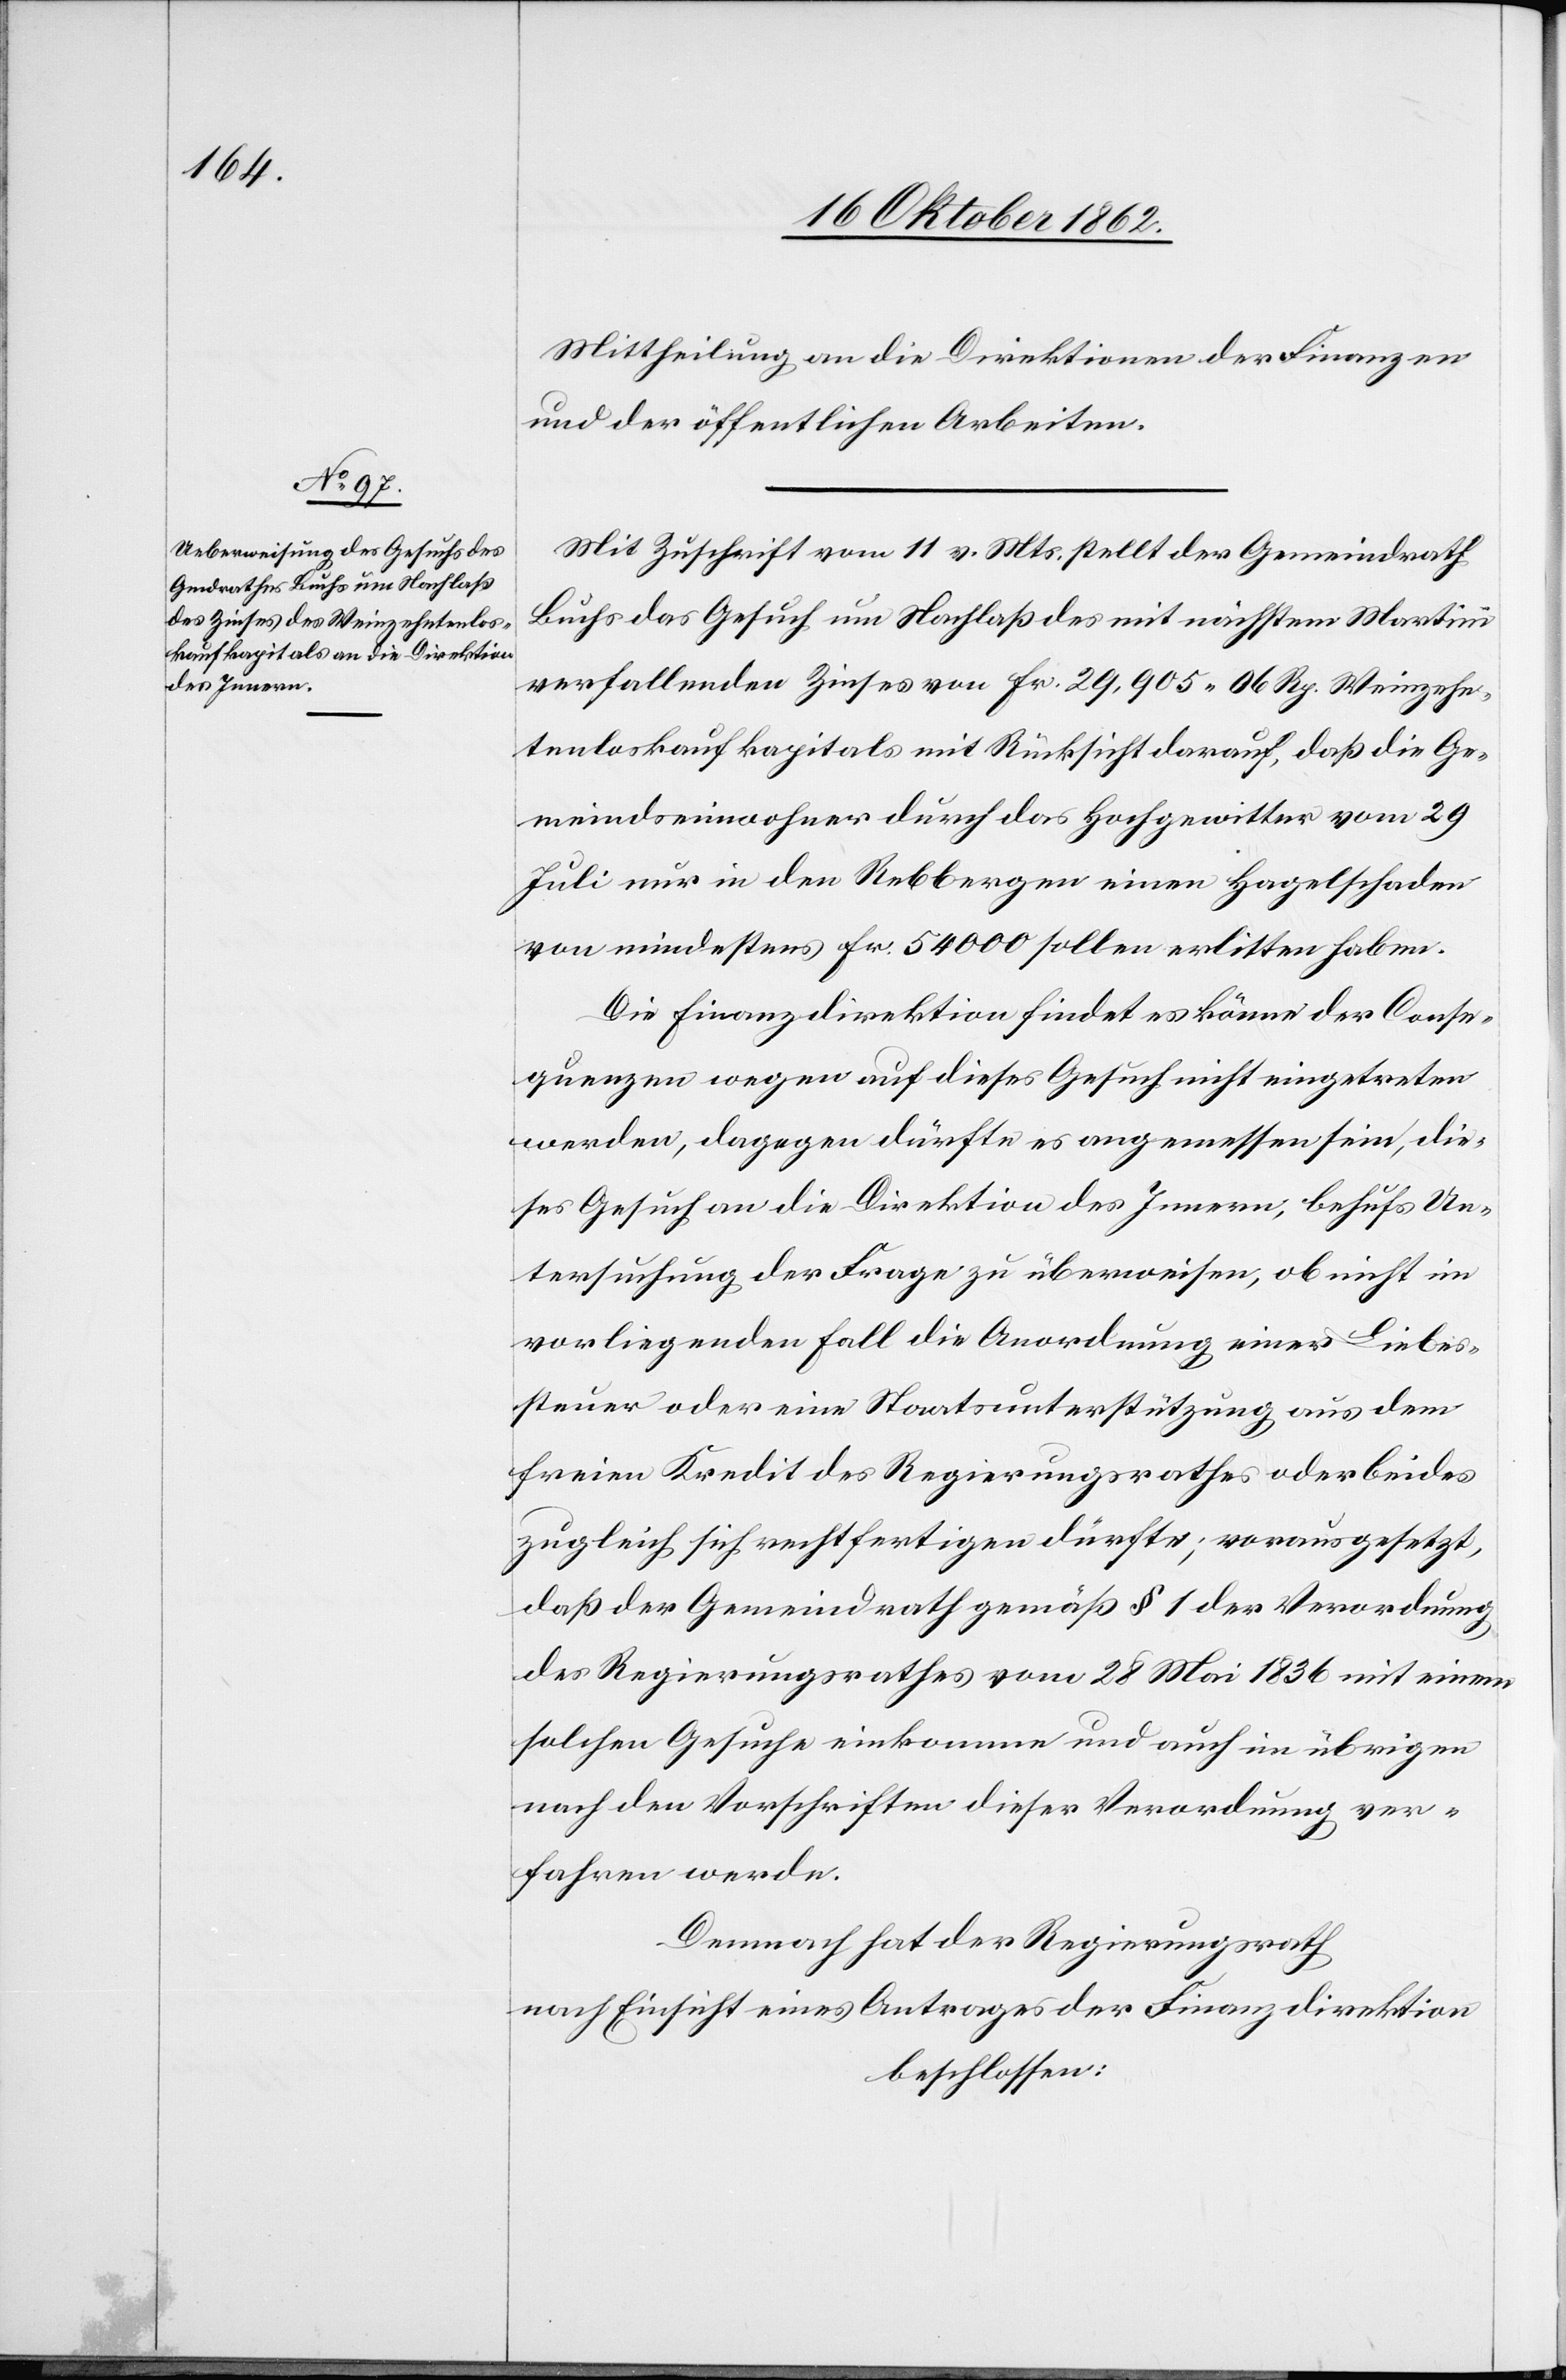
Mittheilung an die Direktionen der Finanzen
und der öffentlichen Arbeiten.
Mit Zuschrift vom 11. v. Mts. stellt der Gemeindrath
Buchs das Gesuch um Nachlaß des mit nächstem Martini
verfallenden Zinses von Fr. 29,905 06 Rp. Weinzehn¬
tenloskaufkapitals mit Rücksicht darauf, daß die Ge¬
meindseinwohner durch das Hochgewitter vom 29
Juli nur in den Rebbergen einen Hagelschaden
von mindestens Fr. 54 000 sollen erlitten haben.
Die Finanzdirektion findet es könne der Conse¬
quenzen wegen auf dieses Gesuch nicht eingetreten
werden, dagegen dürfte es angemessen sein, die¬
ses Gesuch an die Direktion des Innern, behufs Un¬
tersuchung der Frage zu überweisen, ob nicht im
vorliegenden Fall die Anordnung einer Liebes¬
steuer oder eine Staatsunterstützung aus dem
freien Kredit des Regierungsrathes oder beides
zugleich sich rechtfertigen dürfte, vorausgesetzt,
daß der Gemeindrath gemäß § 1 der Verordnung
des Regierungsrathes vom 28 Mai 1836 mit einem
solchen Gesuche einkomme und auch im übrigen
nach den Vorschriften dieser Verordnung ver¬
fahren werde.
Demnach hat der Regierungsrath
nach Einsicht eines Antrages der Finanzdirektion
beschlossen: